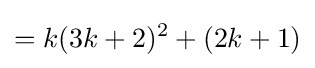
=k(3k+2)^{2}+(2k+1)